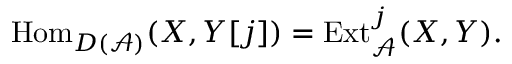
{ \mathrm { H o m } } _ { D ( { \mathcal { A } } ) } ( X , Y [ j ] ) = { \mathrm { E x t } } _ { \mathcal { A } } ^ { j } ( X , Y ) .